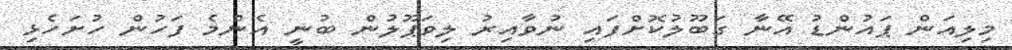
މިލިއަން ޕައުންޑު އޭނާ ގަބޫލުކޮށްފައި ނުވާއިރު ލިވަޕޫލުން ބުނީ އެންމެ ފަހުން ހުށަހެޅި